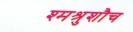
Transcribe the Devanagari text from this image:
श्मश्रुशौच